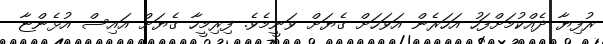
ރުފިޔާ ދެއްކުމަށްފަހު އަހަރެން އަވަހަށް ގެޔަށް ވަނީމެވެ. ފިރިމީހާ ގެޔަށް އައިސް އުޅެންޏާ